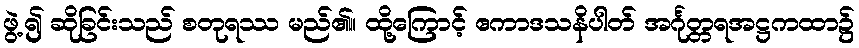
ဖွဲ့၍ ဆိုခြင်းသည် စတုရဿ မည်၏။ ထို့ကြောင့် ဧကာဒသနိပါတ် အင်္ဂုတ္တရအဋ္ဌကထာ၌